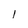
Character: I